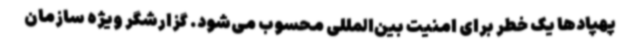
پهپادها یک خطر برای امنیت بین‌المللی محسوب می‌شود. گزارشگر ویژه سازمان